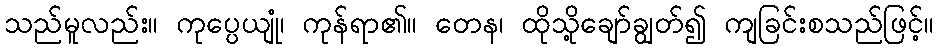
သည်မူလည်း။ ကုပ္ပေယျုံ၊ ကုန်ရာ၏။ တေန၊ ထိုသို့ချော်ချွတ်၍ ကျခြင်းစသည်ဖြင့်။